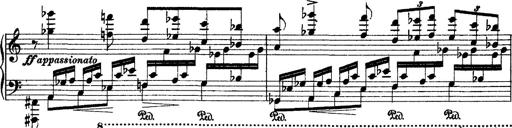
Title: 2 KonzertetÃ¼den
Composer: Franz Liszt